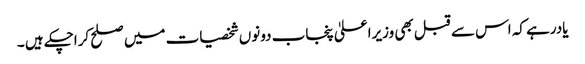
یادرہے کہ اس سے قبل بھی وزیراعلیٰ پنجاب دونوں شخصیات میں صلح کراچکے ہیں ۔